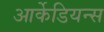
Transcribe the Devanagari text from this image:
आर्केडियन्स